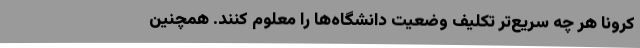
کرونا هر چه سریع‌تر تکلیف وضعیت دانشگاه‌ها را معلوم کنند. همچنین